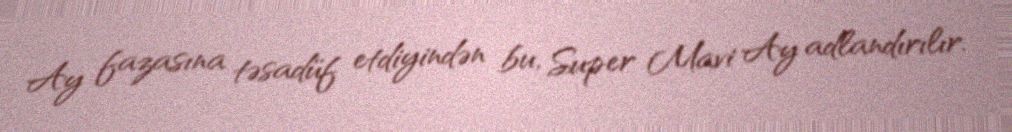
Ay fazasına təsadüf etdiyindən bu, Super Mavi Ay adlandırılır.